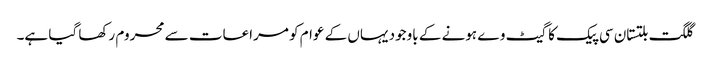
گلگت بلتستان سی پیک کا گیٹ وے ہونے کے باوجود یہاں کے عوام کو مراعات سے محروم رکھا گیا ہے۔